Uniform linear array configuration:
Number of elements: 32
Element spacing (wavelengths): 0.5
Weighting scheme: exponential
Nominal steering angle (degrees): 30
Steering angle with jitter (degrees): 30.264
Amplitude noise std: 0.05
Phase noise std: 0.05

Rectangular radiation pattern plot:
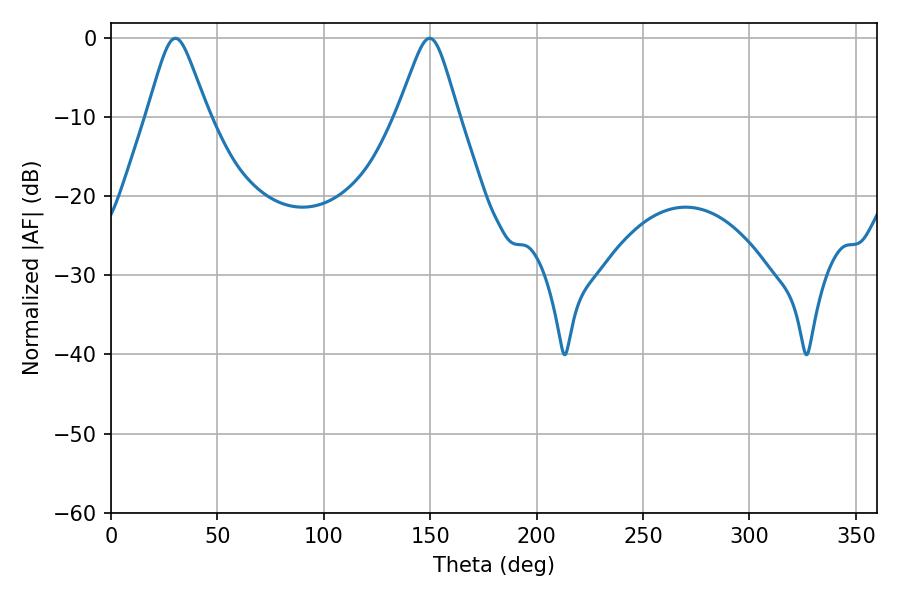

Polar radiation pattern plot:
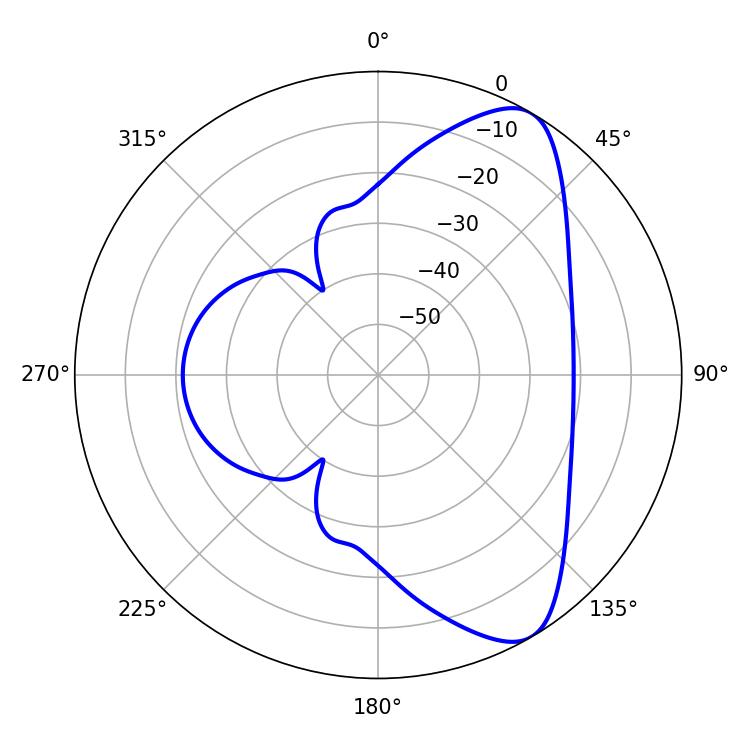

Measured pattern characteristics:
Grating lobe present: FALSE
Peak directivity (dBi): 8.221
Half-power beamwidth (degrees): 13.5
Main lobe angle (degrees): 30.24